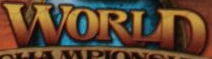
WORLD